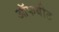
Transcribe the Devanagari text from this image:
ऑफबीट